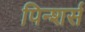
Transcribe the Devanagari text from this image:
पिन्शर्स